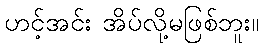
ဟင့်အင်း အိပ်လို့မဖြစ်ဘူး။